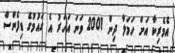
އެމެރިކާ އަށް ހަމަލާ ދިން 2001 ވަނަ އަހަރު އެ ގައުމުގެ ޑިފެންސް